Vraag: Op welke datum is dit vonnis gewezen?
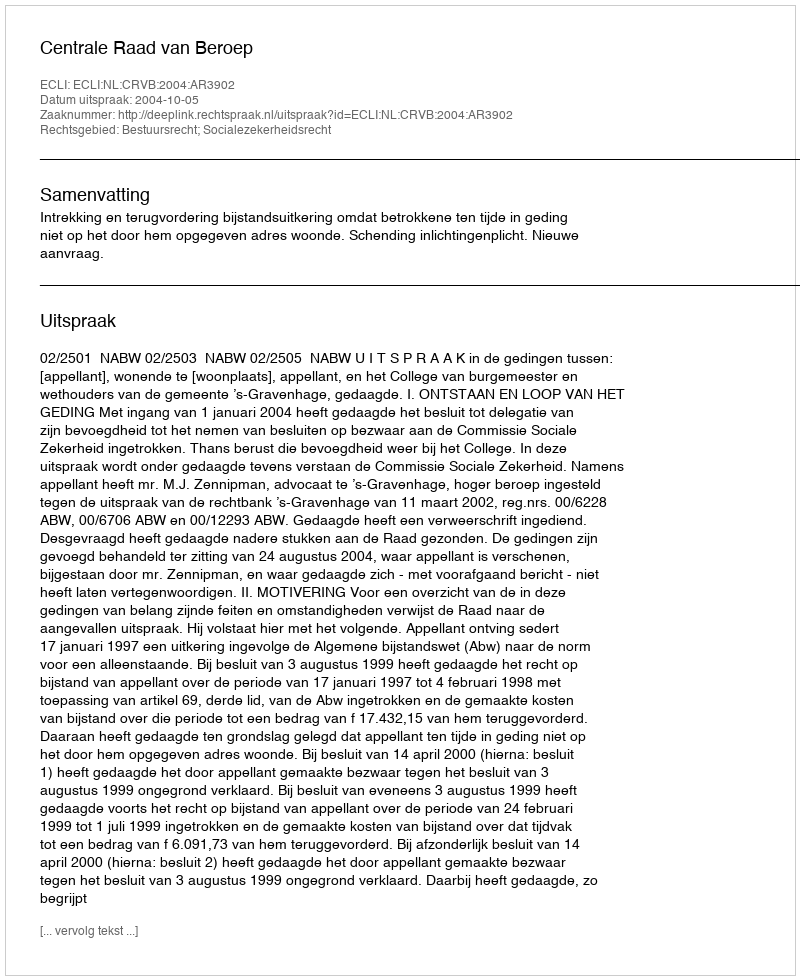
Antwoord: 2004-10-05